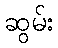
ဆွမ်း